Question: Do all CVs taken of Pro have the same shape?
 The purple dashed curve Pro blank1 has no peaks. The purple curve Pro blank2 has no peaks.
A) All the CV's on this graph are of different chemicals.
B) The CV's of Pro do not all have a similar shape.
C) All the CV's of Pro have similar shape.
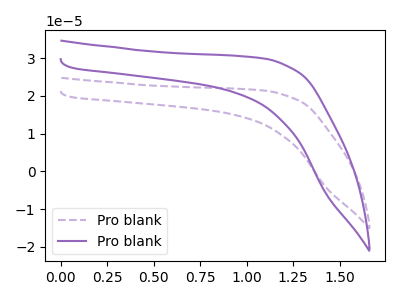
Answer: <think>Neither "Pro blank1" or "Pro blank2" have any peaks.
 </think>
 <answer>C) All the CV's of "Pro" have similar shape.</answer>
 <eval>C</eval>